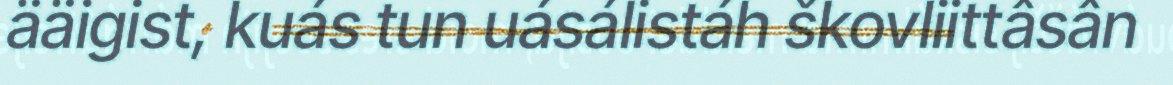
ääigist, kuás tun uásálistáh škovliittâsân